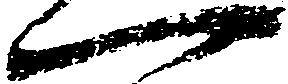
一